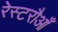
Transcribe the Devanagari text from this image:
रेस्टरौआँ